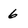
Character: 6